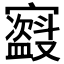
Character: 𫴣